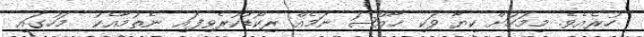
ހުރެއެވެ. މިމަހަށް ކިޔާ ވަކި ޚާއްޞަ ނަމެއް ރިކޯޑްކުރެވިފައި ނެތުމާއެކު  މަހުގައި